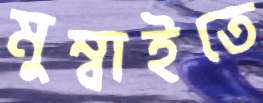
মুম্বাইতে